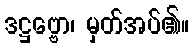
ဒဋ္ဌဗ္ဗော၊ မှတ်အပ်၏။